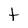
Character: t